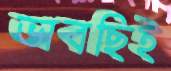
ভাবছিই